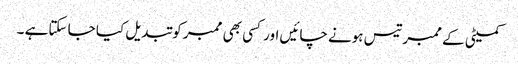
کمیٹی کے ممبرتیس ہونے چائیں اور کسی بھی ممبر کو تبدیل کیا جا سکتاہے ۔